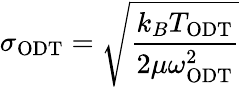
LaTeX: \sigma_{\mathrm{ODT}}=\sqrt{\frac{k_{B}T_{\mathrm{ODT}}}{2\mu\omega_{\mathrm{ODT}}^{2}}}